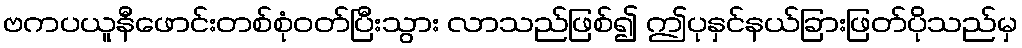
ဗကပယူနီဖောင်းတစ်စုံဝတ်ပြီးသွား လာသည်ဖြစ်၍ ဤပုနှင်နယ်ခြားဖြတ်ပိုသည်မှ